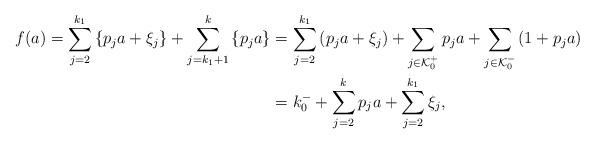
LaTeX: \begin{align*}\begin{aligned}f(a)=\sum_{j=2}^{k_1}\left\{p_{j}a+\xi_{j}\right\}+\sum_{j=k_{1}+1}^{k}\left\{p_{j}a\right\}&=\sum_{j=2}^{k_1}\left(p_{j}a+\xi_{j}\right)+\sum_{j\in\mathcal{K}_{0}^{+}}p_{j}a+\sum_{j\in\mathcal{K}_{0}^{-}}\left(1+p_{j}a\right)\\&=k_{0}^{-}+\sum_{j=2}^{k}p_{j}a+\sum_{j=2}^{k_1}\xi_{j},\end{aligned}\end{align*}